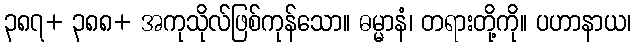
၃၈၇+ ၃၈၈+ အကုသိုလ်ဖြစ်ကုန်သော။ ဓမ္မာနံ၊ တရားတို့ကို။ ပဟာနာယ၊